Report of the Municipal Commissioner on the plague in Bombay for the year ending 31st May... - Volume 1
Disease focus: Plague
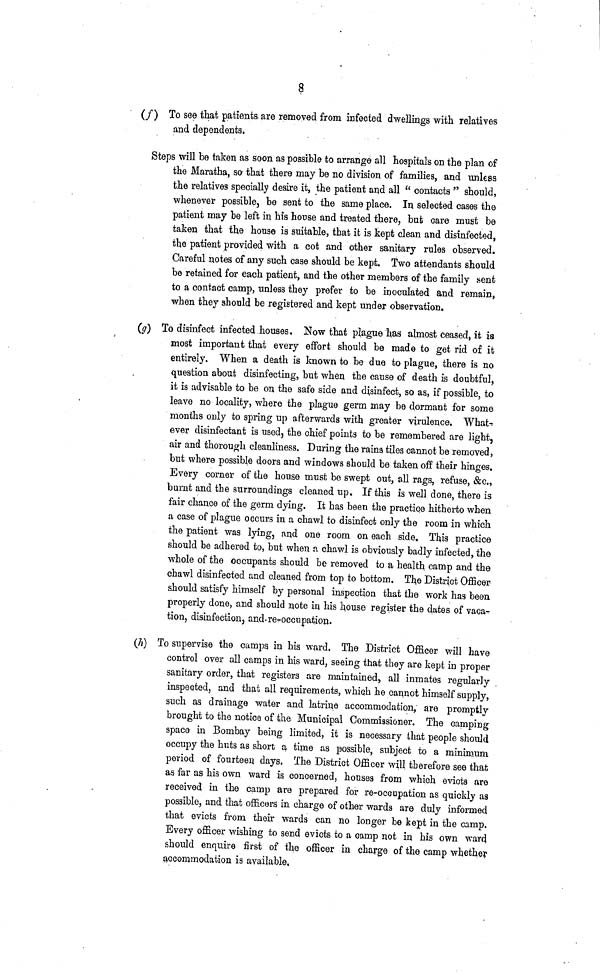
8
(/) To see that patients are removed from infected dwellings with relatives
and dependents.
Steps will be taken as soon as possible to arrange all hospitals on the plan of
the Maratha, so that there may be no division of families, and unless
the relatives specially desire it, the patient and all " contacts " should,
whenever possible, be sent to the same place. In selected cases the
patient may be left in his house and treated there, but care must be
taken that the house is suitable, that it is kept clean and disinfected,
the patient provided with a cot and other sanitary rules observed.
Careful notes of any such case should be kept. Two attendants should
be retained for each patient, and the other members of the family sent
to a contact camp, unless they prefer to be inoculated and remain,
when they should be registered and kept under observation.
(g) To disinfect infected houses, Now that plague has almost ceased, it is
most important that every effort should be made to get rid of it
entirely. When a death is known to be due to plague, there is no
question about disinfecting, but when the cause of death is doubtful,
it is advisable to be on the safe side and disinfect, so as, if possible, to
leave no locality, where the plague germ may be dormant for some
months only to spring up afterwards with greater virulence. What-
ever disinfectant is used, the chief points to be remembered are light,
air and thorough cleanliness. During the rains tiles cannot be removed,
but where possible doors and windows should be taken off their hinges.
Every corner of the house must be swept out, all rags, refuse, &c.,
burnt and the surroundings cleaned up. If this is well done, there is
fair chance of the germ dying. It has been the practice hitherto when
a case of plague occurs in a chawl to disinfect only the room in which
the patient was lying, and one room on each side. This practice
should be adhered to, but when a chawl is obviously badly infected, the
whole of the occupants should be removed to a health camp and the
chawl disinfected and cleaned from top to bottom. The District Officer
should satisfy himself by personal inspection that the work has been
properly done, and should note in his house register the dates of vaca-
tion, disinfection, and re-occupation.
(h) To supervise the camps, in his ward. The District Officer will have
control over all camps in his ward, seeing that they are kept in proper
sanitary order, that registers are maintained, all inmates regularly
inspected, and that all requirements, which he cannot himself supply,
such as drainage water and latrine accommodation, are promptly
brought to the notice of the Municipal Commissioner. The camping
space in Bombay being limited, it is necessary that people should
occupy the huts as short a time as possible, subject to a minimum
period of fourteen days. The District Officer will therefore see that
as far as his own ward is concerned, houses from which evicts are
received in the camp are prepared for re-occupation as quickly as
possible, and that officers in charge of other wards are duly informed
that evicts from their wards can no longer be kept in the camp.
Every officer wishing to send evicts to a camp not in his own ward
should enquire first of the officer in charge of the camp whether
accommodation is available.